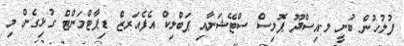
ފުލުހުން ބުނީ ލ.އިސްދޫ ޕޮލިސް ސްޓޭޝަނާއި ޕަބްލިކް އެފެއަރޒް ޑިޕާޓްމަންޓް ގުޅިގެން މި